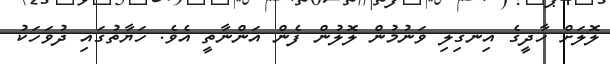
ލޮލަށް ހާދީގެ އިނގިލި ވަނުމުން ލޮލުން ފެން އަންނާތީ އެވެ. ހަޔާތުގައި ދުވަހަކު